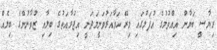
ރިޔާސީ ބަޔާން އިއްވުމުގެ އުފަލުގައި މިރޭ ހަވާއަރުވަނީމަދަނީ އިޖުރާއަތުގެ ބިލާއި ޒުވާނުންގެ ބިލެއް